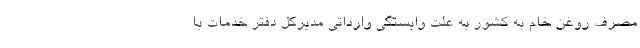
مصرف روغن خام به کشور به علت وابستگی وارداتی مدیرکل دفتر خدمات با